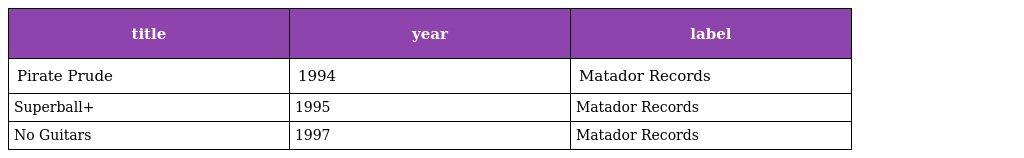
| title | year | label |
 | --- | --- | --- |
 | Pirate Prude | 1994 | Matador Records |
 | Superball+ | 1995 | Matador Records |
 | No Guitars | 1997 | Matador Records |